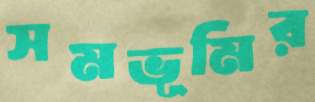
সমভূমির